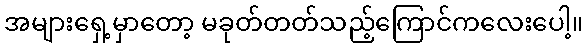
အများရှေ့မှာတော့ မခုတ်တတ်သည့်ကြောင်ကလေးပေါ့။